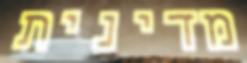
מדינית